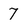
Character: 7